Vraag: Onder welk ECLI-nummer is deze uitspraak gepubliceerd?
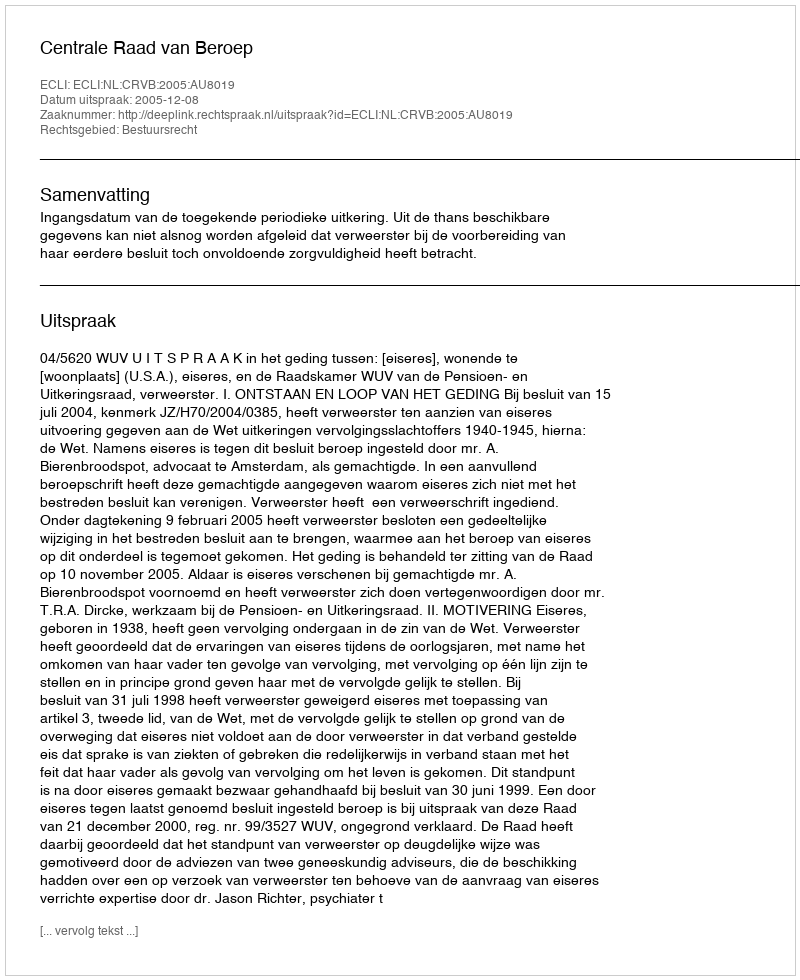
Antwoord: ECLI:NL:CRVB:2005:AU8019